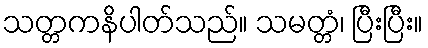
သတ္တကနိပါတ်သည်။ သမတ္တံ၊ ပြီးပြီး။